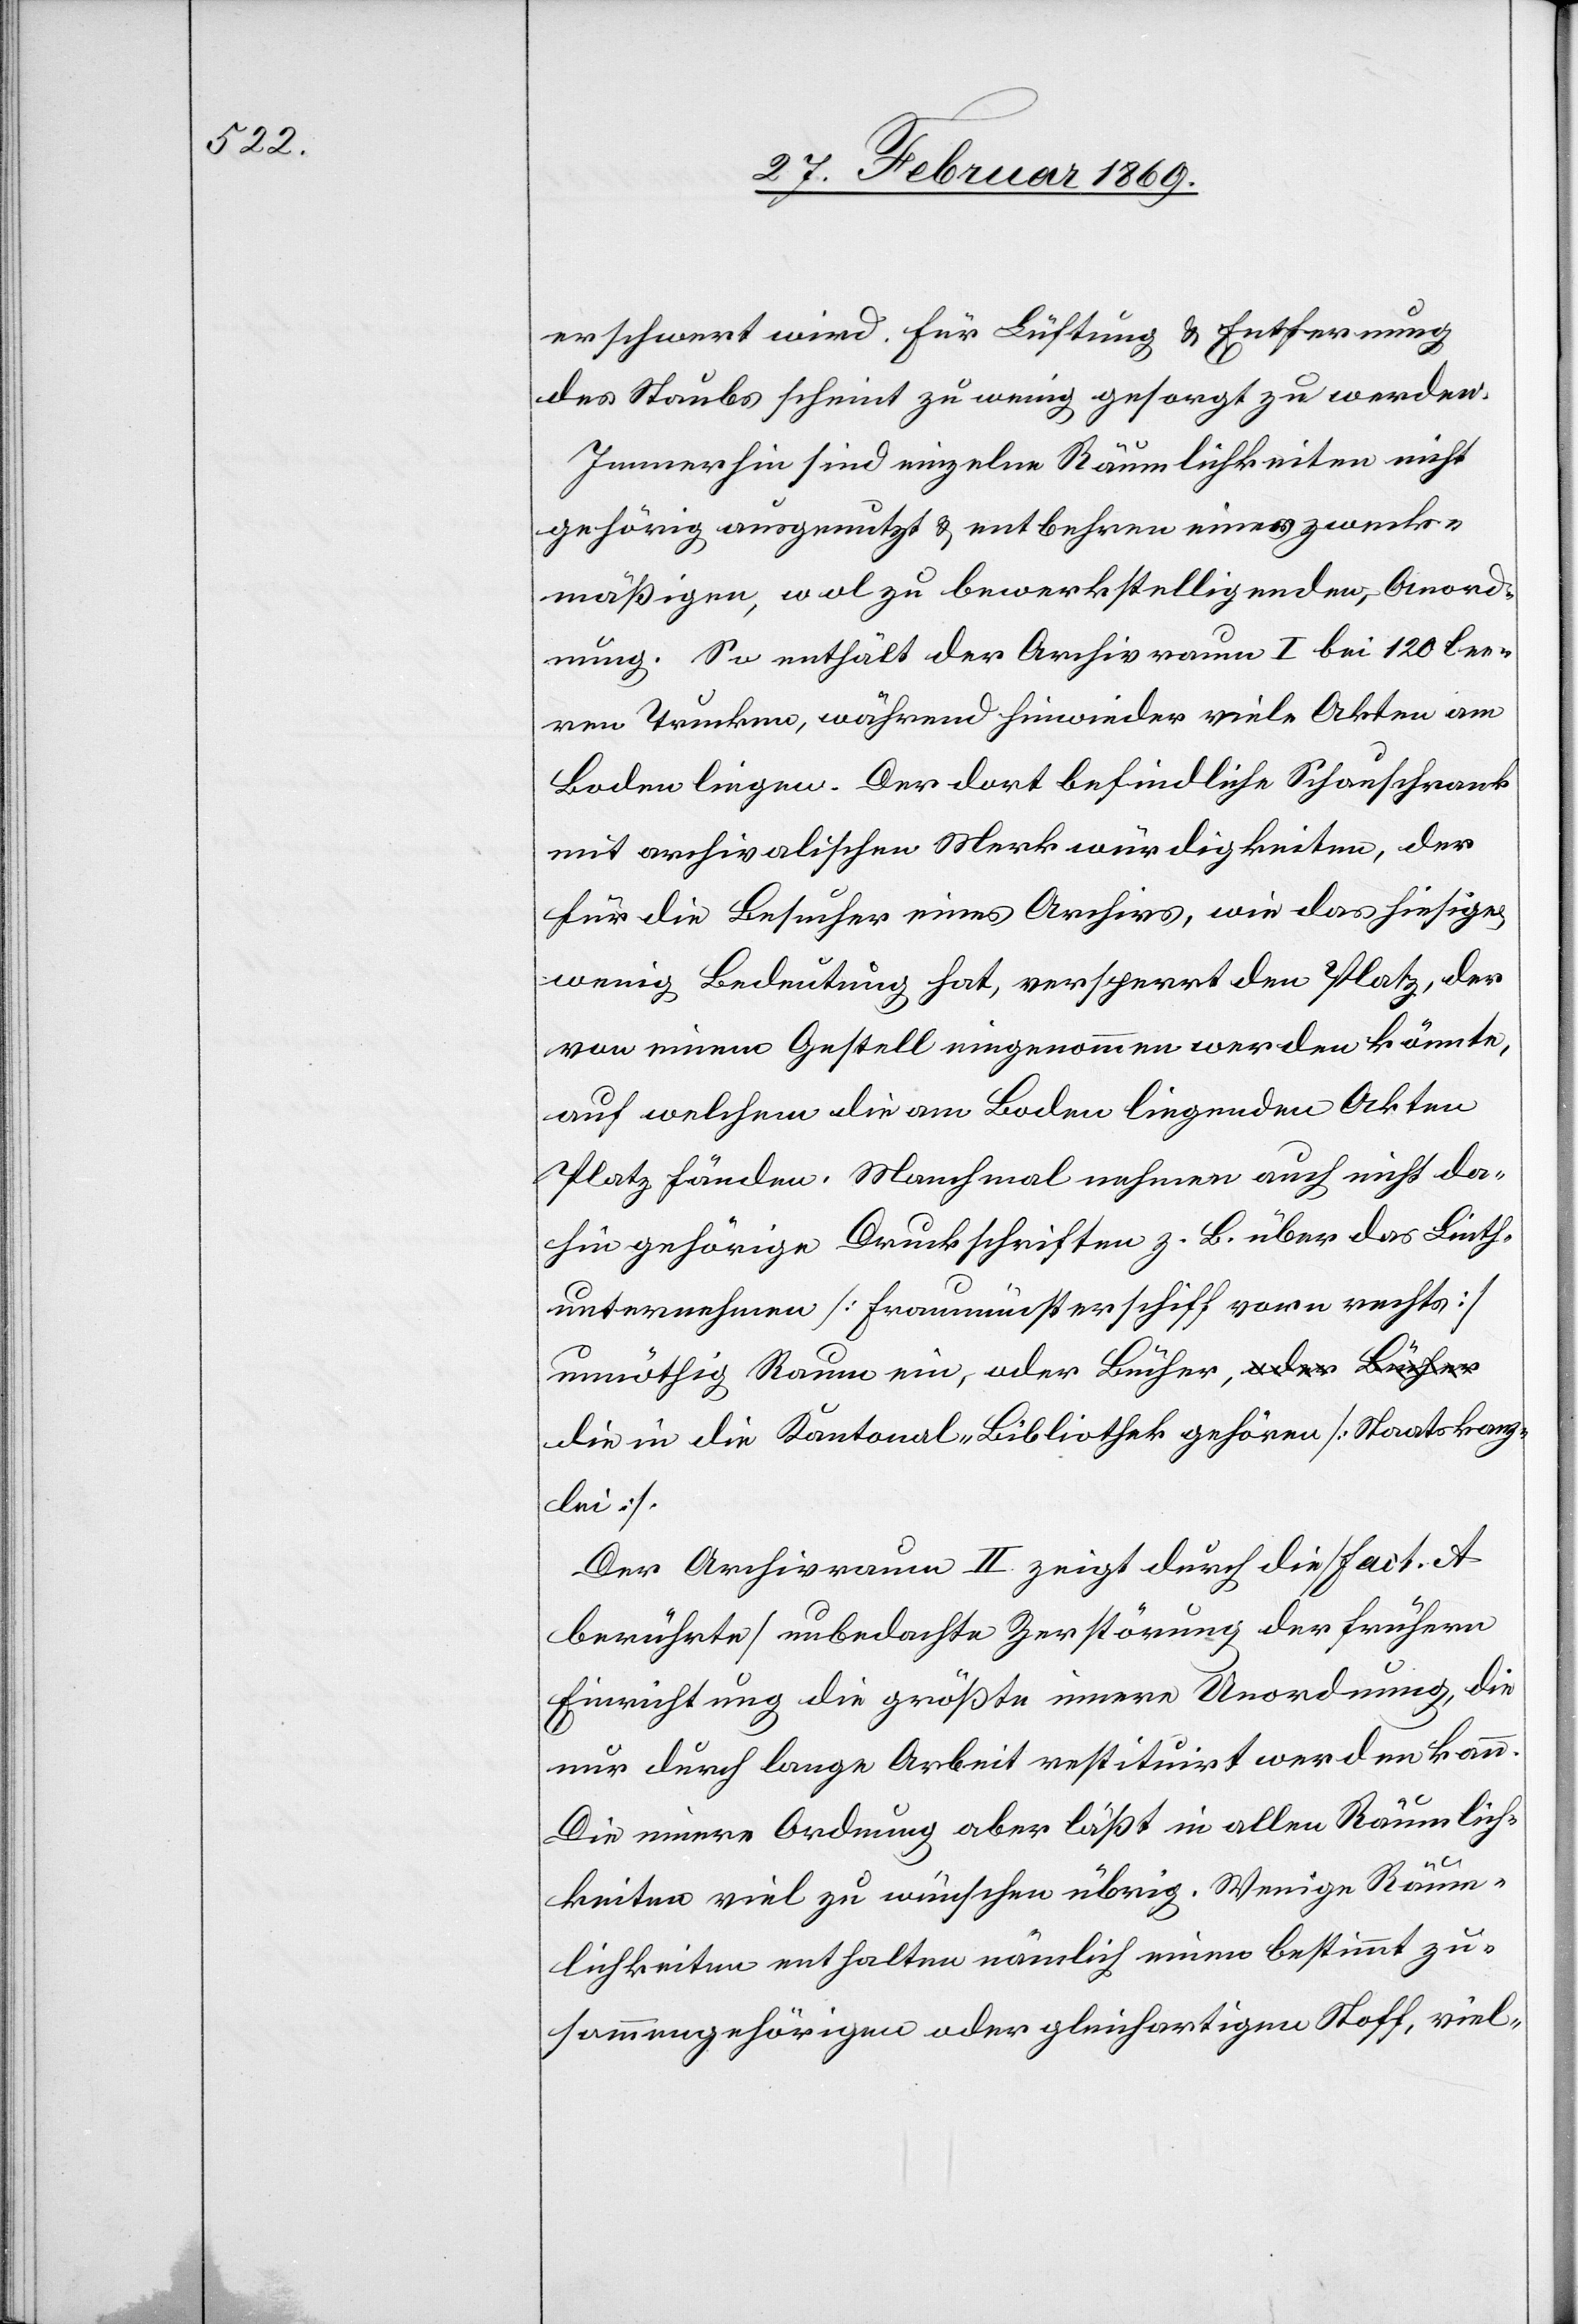
erschwert wird. Für Lüftung & Entfernung
des Staubs scheint zu wenig gesorgt zu werden.
Immerhin sind einzelne Räumlichkeiten nicht
gehörig ausgenutzt & entbehren einer zweck¬
mäßigen, wol zu bewerkstelligenden Anord¬
nung. So enthält der Archivraum I bei 120 lee¬
ren Trucken, während hinwieder viele Akten am
Boden liegen. Der dort befindliche Schauschrank
mit archivalischen Merkwürdigkeiten, der
für die Besucher eines Archivs, wie das hiesige
wenig Bedeutung hat, versperrt den Platz, der
von einem Gestell eingenommen werden könnte,
auf welchem die am Boden liegenden Akten
Platz fänden. Manchmal nehmen auch nicht da¬
hin gehörige Druckschriften z. B. über das Linth¬
unternehmen [Fraumünsterschiff vorn rechts]
unnöthig Raum ein, oder Bücher, die in die
Der Archivraum II zeigt durch die [Fact. A
berührte] unbedachte Zerstörung der frühern
Einrichtung die größte innere Unordnung, die
nur durch lange Arbeit restituirt werden kann.
Die innere Ordnung aber läßt in allen Räumlich¬
keiten viel zu wünschen übrig. Wenige Räum¬
lichkeiten enthalten nämlich einen bestimmt zu¬
sammengehörigen oder gleichartigen Stoff, viel-